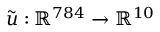
\tilde { u } : \mathbb { R } ^ { 7 8 4 } \to \mathbb { R } ^ { 1 0 }